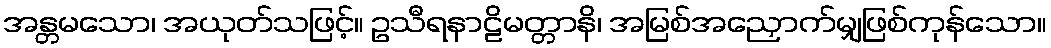
အန္တမသော၊ အယုတ်သဖြင့်။ ဥသီရနာဠိမတ္တာနိ၊ အမြစ်အညှောက်မျှဖြစ်ကုန်သော။